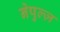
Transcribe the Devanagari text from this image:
नेपुल्ज़